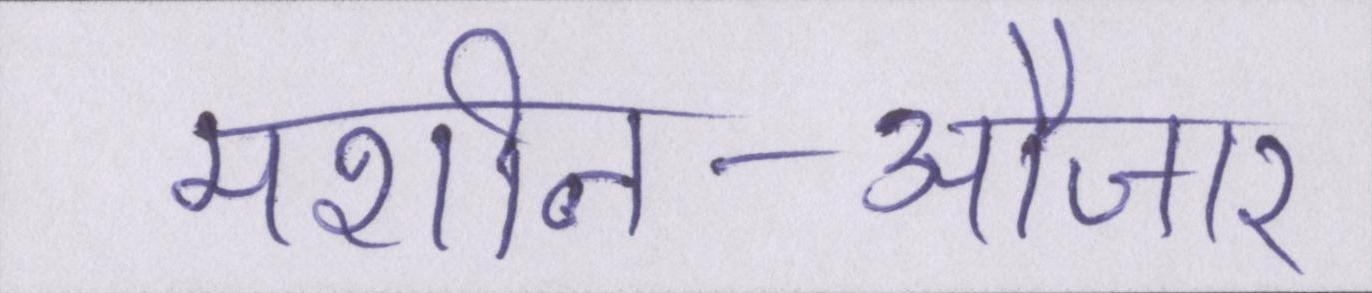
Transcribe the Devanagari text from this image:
मशीन-औजार